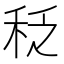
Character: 𱶀